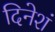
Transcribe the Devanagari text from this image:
दिनेशं